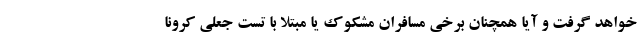
خواهد گرفت و آیا همچنان برخی مسافران مشکوک یا مبتلا با تست جعلی کرونا